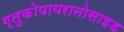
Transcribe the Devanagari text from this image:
ग्लुकोपायरानोसाइड